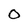
Character: O